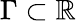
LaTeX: \Gamma\subset\mathbb{R}